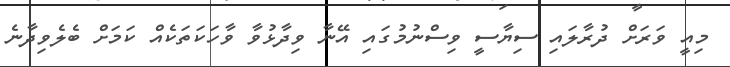
މިއީ ވަރަށް ދުރާލައި ސިޔާސީ ވިސްނުމުގައި އޭނާ ވިދާޅުވާ ވާހަކަތަކެއް ކަމަށް ބެލެވިދާނެ